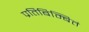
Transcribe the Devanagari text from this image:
प्रतिबिम्बितं